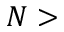
N >